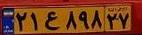
۲۱ع۸۹۸۲۷